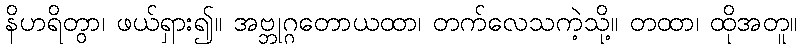
နိဟရိတွာ၊ ဖယ်ရှား၍။ အဗ္ဘုဂ္ဂတောယထာ၊ တက်လေသကဲ့သို့။ တထာ၊ ထိုအတူ။